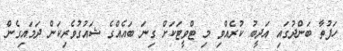
ހަފުތާ ބަންދުގައި އަދީބު ކުރެއްވި މި ޓްވީޓަކަށް ގިނަ ބައެއްގެ ޝައުގުވެރިކަން ދަމައިގެން